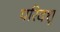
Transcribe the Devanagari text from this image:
परिदशृ